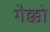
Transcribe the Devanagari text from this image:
गैक्को